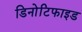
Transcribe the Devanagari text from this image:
डिनोटिफाइड